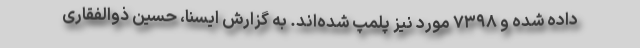
داده شده و ۷۳۹۸ مورد نیز پلمپ شده‌اند. به گزارش ایسنا، حسین ذوالفقاری